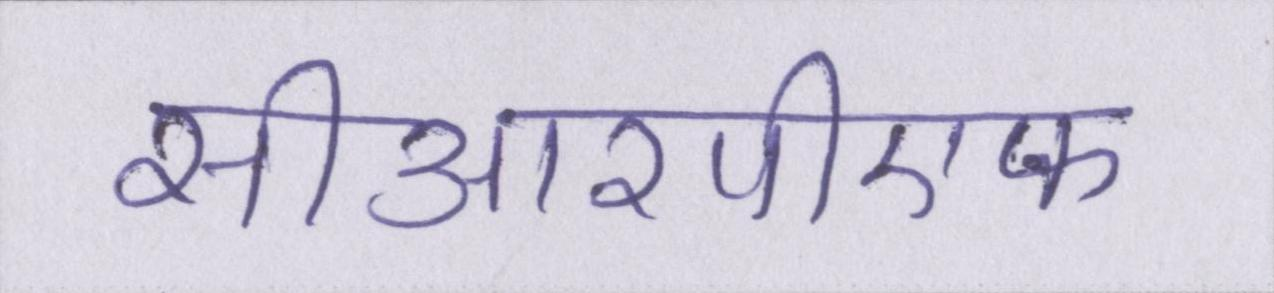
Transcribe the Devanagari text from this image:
सीआरपीएफ